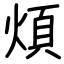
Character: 煩